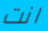
انت